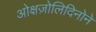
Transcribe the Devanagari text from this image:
ओक्षज़ोलिदिनोने